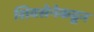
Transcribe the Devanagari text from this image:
शिवसेनेकढून